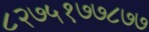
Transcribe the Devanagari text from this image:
८२७५१७७८७७